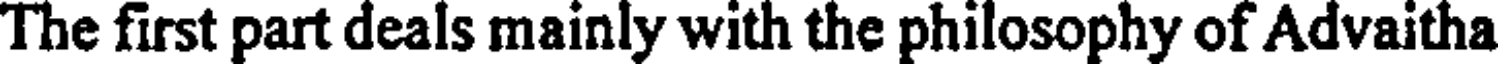
The first part deals mainly with the philosophy of Advaitha